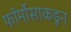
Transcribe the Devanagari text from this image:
फॉर्मोसाकडून